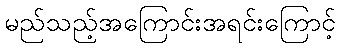
မည်သည့်အကြောင်းအရင်းကြောင့်